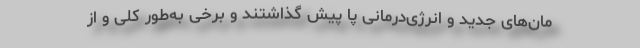
مان‌های جدید و انرژی‌درمانی پا پیش گذاشتند و برخی به‌طور کلی و از